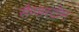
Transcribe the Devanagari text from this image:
सैण्डस्टोन